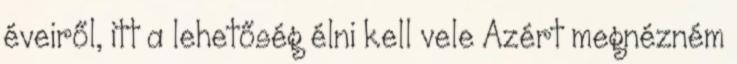
éveiről, itt a lehetőség élni kell vele Azért megnézném